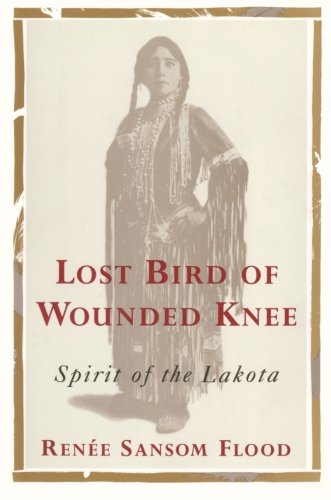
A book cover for Lost Bird of Wounded Knee: Spirit of the Lakota; Renee sansom Flood; Biographies & Memoirs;